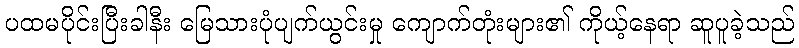
ပထမပိုင်းပြီးခါနီး မြေသားပုံပျက်ယွင်းမှု ကျောက်တုံးများ၏ ကိုယ့်နေရာ ဆူပူခဲ့သည်